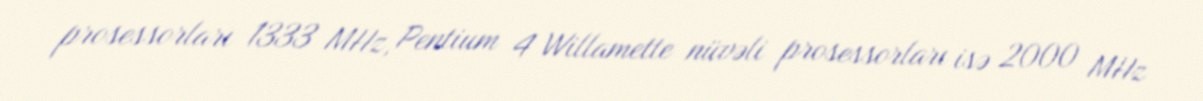
prosessorları 1333 MHz, Pentium 4 Willamette nüvəli prosessorları isə 2000 MHz